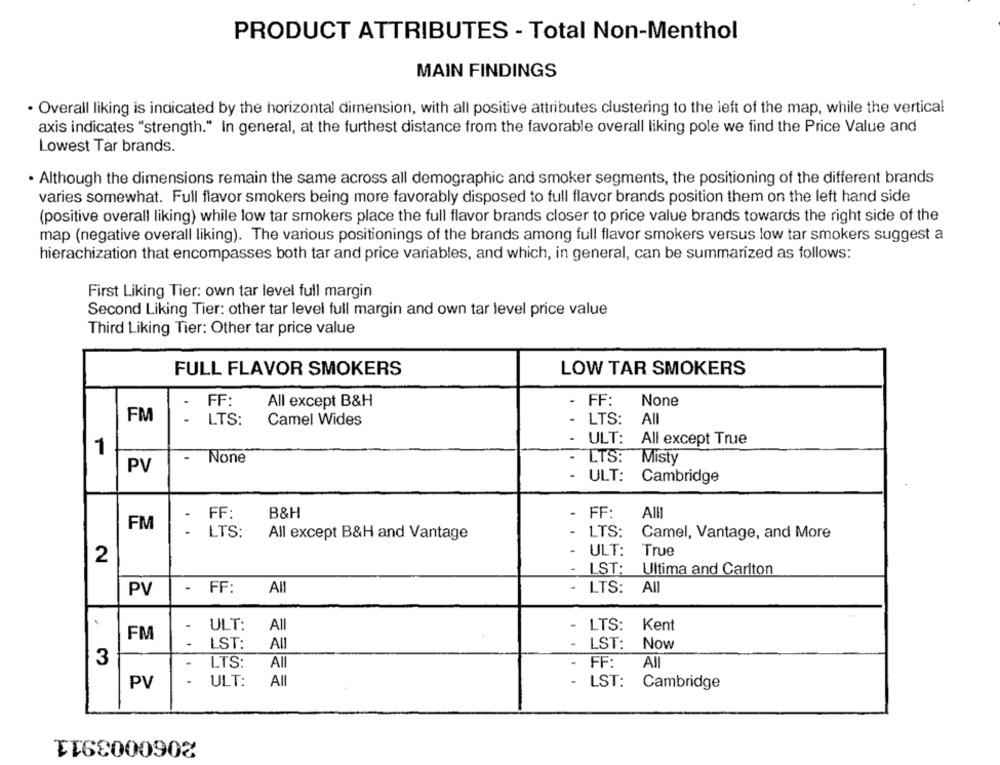
PRODUCT ATTRIBUTES - Total Non-Menthol
MAIN FINDINGS
. Overall liking is indicated by the horizontal dimension, with all positive attributes clustering to the left of the map, while the vertical
axis indicates "strength." In general, at the furthest distance from the favorable overall liking pole we find the Price Value and
Lowest Tar brands.
. Although the dimensions remain the same across all demographic and smoker segments, the positioning of the different brands
varies somewhat. Full flavor smokers being more favorably disposed to full flavor brands position them on the left hand side
(positive overall liking) while low tar smokers place the full flavor brands closer to price value brands towards the right side of the
map (negative overall liking). The various positionings of the brands among full flavor smokers versus low tar smokers suggest a
hierachization that encompasses both tar and price variables, and which, in general, can be summarized as follows:
First Liking Tier: own tar level full margin
Second Liking Tier: other tar level full margin and own tar level price value
Third Liking Tier: Other tar price value
FULL FLAVOR SMOKERS
LOW TAR SMOKERS
FF:
All except B&H
- FF:
FM
LTS:
Camel Wides
- LTS:
All
ULT: All except True
1
-
- LTS:
Misty
PV
- ULT:
Cambridge
- FF:
FF:
B&H
FM
- LTS:
..
All except B&H and Vantage
- LTS:
Camel, Vantage, and More
ULT:
True
2
- LST: Ultima and Carlton
- FF: All
- LTS: All
PV
1
ULT:
All
- LTS:
Kent
FM
LST:
All
- LST:
Now
3
-
LTS:
All
- FF:
All
-
All
PV
ULT:
- LST: Cambridge
TT6800090%